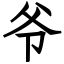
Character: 爷